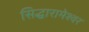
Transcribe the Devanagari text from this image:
सिद्धारामेश्वर